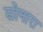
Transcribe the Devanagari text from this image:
सोनारा